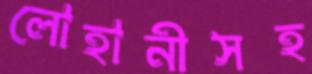
লোহানীসহ